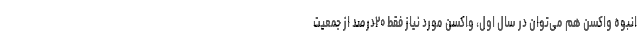
انبوه واکسن هم می‌توان در سال اول، واکسن مورد نیاز فقط ۲۰درصد از جمعیت